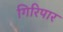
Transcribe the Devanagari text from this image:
गिरिपार